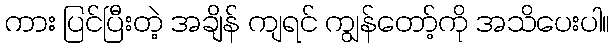
ကား ပြင်ပြီးတဲ့ အချိန် ကျရင် ကျွန်တော့်ကို အသိပေးပါ။